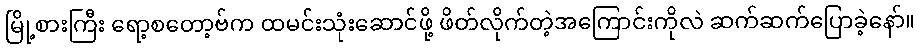
မြို့စားကြီး ရော့စတော့ဗ်က ထမင်းသုံးဆောင်ဖို့ ဖိတ်လိုက်တဲ့အကြောင်းကိုလဲ ဆက်ဆက်ပြောခဲ့နော်။